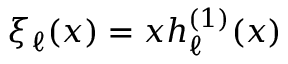
\xi _ { \ell } ( x ) = x h _ { \ell } ^ { ( 1 ) } ( x )